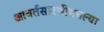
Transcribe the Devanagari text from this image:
आवर्तसारणीमधल्या